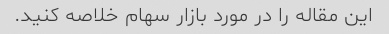
این مقاله را در مورد بازار سهام خلاصه کنید.